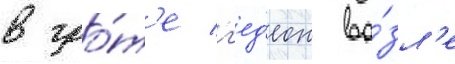
в гро́т'е г'ед'еон во́зл'е